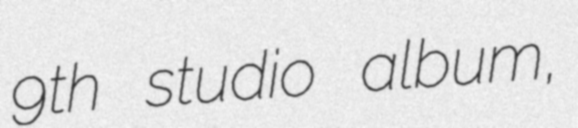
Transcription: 9th studio album,